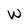
Character: w